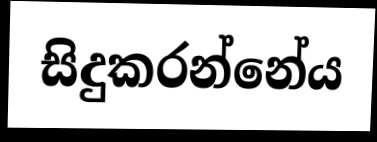
සිදුකරන්නේය